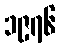
၁၉၇၆